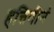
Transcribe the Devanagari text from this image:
हत्तिणीनं